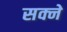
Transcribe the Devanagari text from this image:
सक्ने